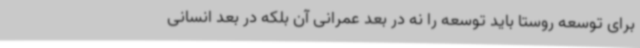
برای توسعه روستا باید توسعه را نه در بعد عمرانی آن بلکه در بعد انسانی